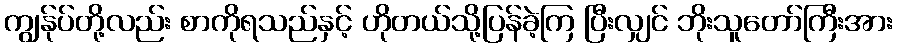
ကျွန်ုပ်တို့လည်း စာကိုရသည်နှင့် ဟိုတယ်သို့ပြန်ခဲ့ကြ ပြီးလျှင် ဘိုးသူတော်ကြီးအား